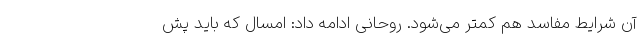
آن شرایط مفاسد هم کمتر می‌شود. روحانی ادامه داد: امسال که باید پش